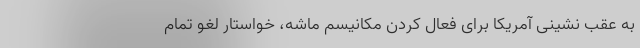
به عقب نشینی آمریکا برای فعال کردن مکانیسم ماشه، خواستار لغو تمام